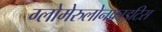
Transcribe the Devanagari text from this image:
ग्लोमेरुलोनफ्राइटिस